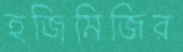
হজিমিজির